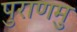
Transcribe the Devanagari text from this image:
पुराणमु